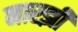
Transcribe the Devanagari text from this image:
नारझी